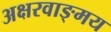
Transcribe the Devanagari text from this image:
अक्षरवाङ्‌मय